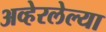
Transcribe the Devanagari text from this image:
अव्हेरलेल्या